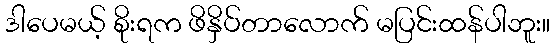
ဒါပေမယ့် စိုးရက ဖိနှိပ်တာလောက် မပြင်းထန်ပါဘူး။